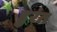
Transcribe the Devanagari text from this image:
डुरंत